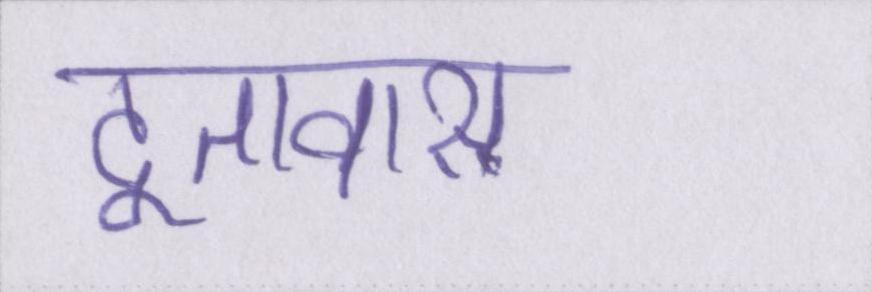
दूतावास